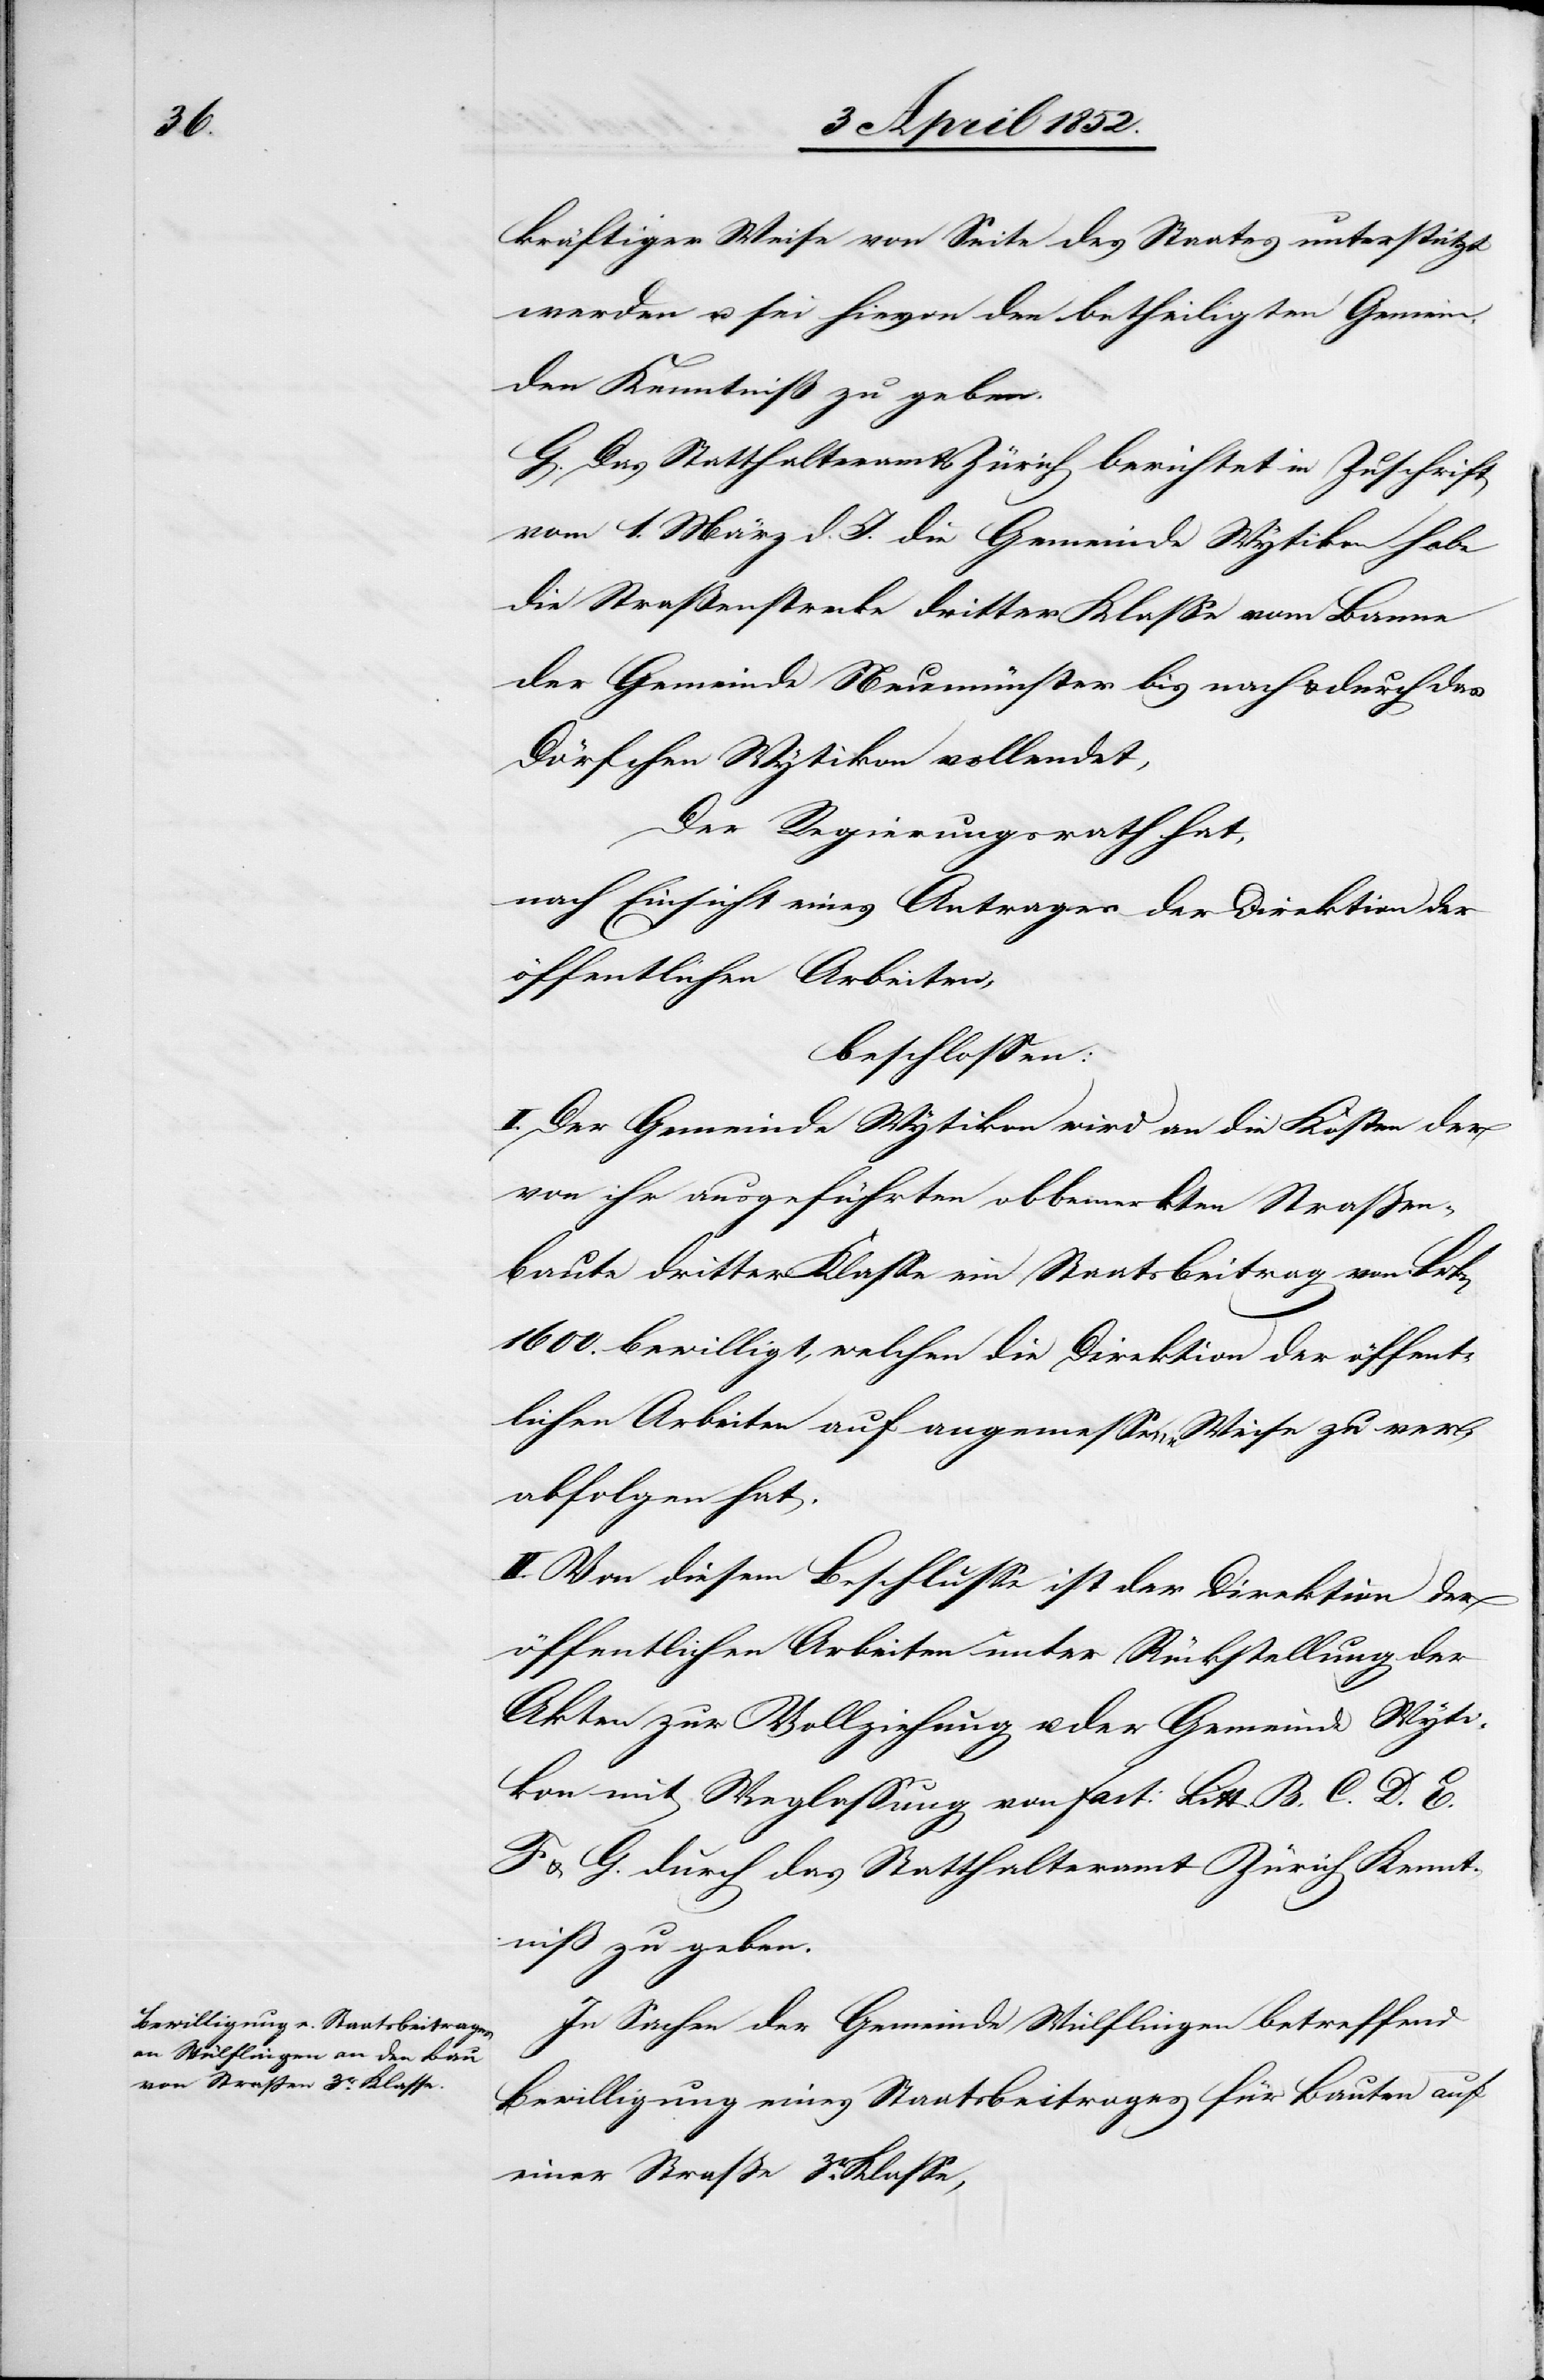
kräftiger Weise von Seite des Staates unterstützt
werden u. sei hievon den betheiligten Gemein¬
den Kenntniß zu geben.
G. Das Statthalteramt Zürich berichtet in Zuschrift
vom 1. März d. J. die Gemeinde Wytikon habe
die Straßenstrecke dritter Klasse vom Banne
der Gemeinde Neumünster bis nach & durch das
Dörfchen Wytikon vollendet,
Der Regierungsrath hat,
nach Einsicht eines Antrages der Direktion der
öffentlichen Arbeiten,
beschlossen:
I. Der Gemeinde Wytikon wird an die Kosten der
von ihr ausgeführten obbemerkten Straßen¬
baute dritter Klasse ein Staatsbeitrag von Frk[en]
1600. bewilligt, welchen die Direktion der öffent¬
lichen Arbeiten auf angemessene Weise zu ver¬
abfolgen hat.
II. Von diesem Beschlusse ist der Direktion der
öffentlichen Arbeiten unter Rückstellung der
Akten zur Vollziehung u. der Gemeinde Wyti¬
kon mit Weglassung von Fact: Litt. B.[,]
& G. durch das Statthalteramt Zürich Kennt¬
niß zu geben.
In Sachen der Gemeinde Wülflingen betreffend
Bewilligung eines Staatsbeitrages für Bauten auf
einer Straße 3r. Klasse,